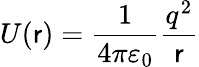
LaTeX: U(\mathsf{r})={\frac{{1}}{{4\pi\varepsilon_{0}}}}{\frac{{q^{2}}}{{\mathsf{r}}}}